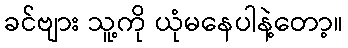
ခင်ဗျား သူ့ကို ယုံမနေပါနဲ့တော့။